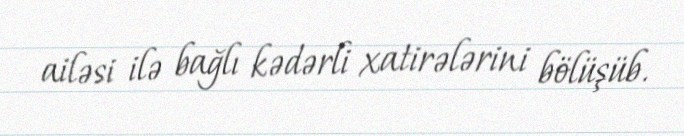
ailəsi ilə bağlı kədərli xatirələrini bölüşüb.